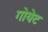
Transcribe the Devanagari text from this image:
गोयेट